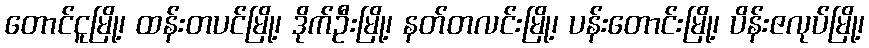
တောင်ငူမြို့၊ ထန်းတပင်မြို့၊ ဒိုက်ဦးမြို့၊ နတ်တလင်းမြို့၊ ပန်းတောင်းမြို့၊ ပိန်းဇလုပ်မြို့၊